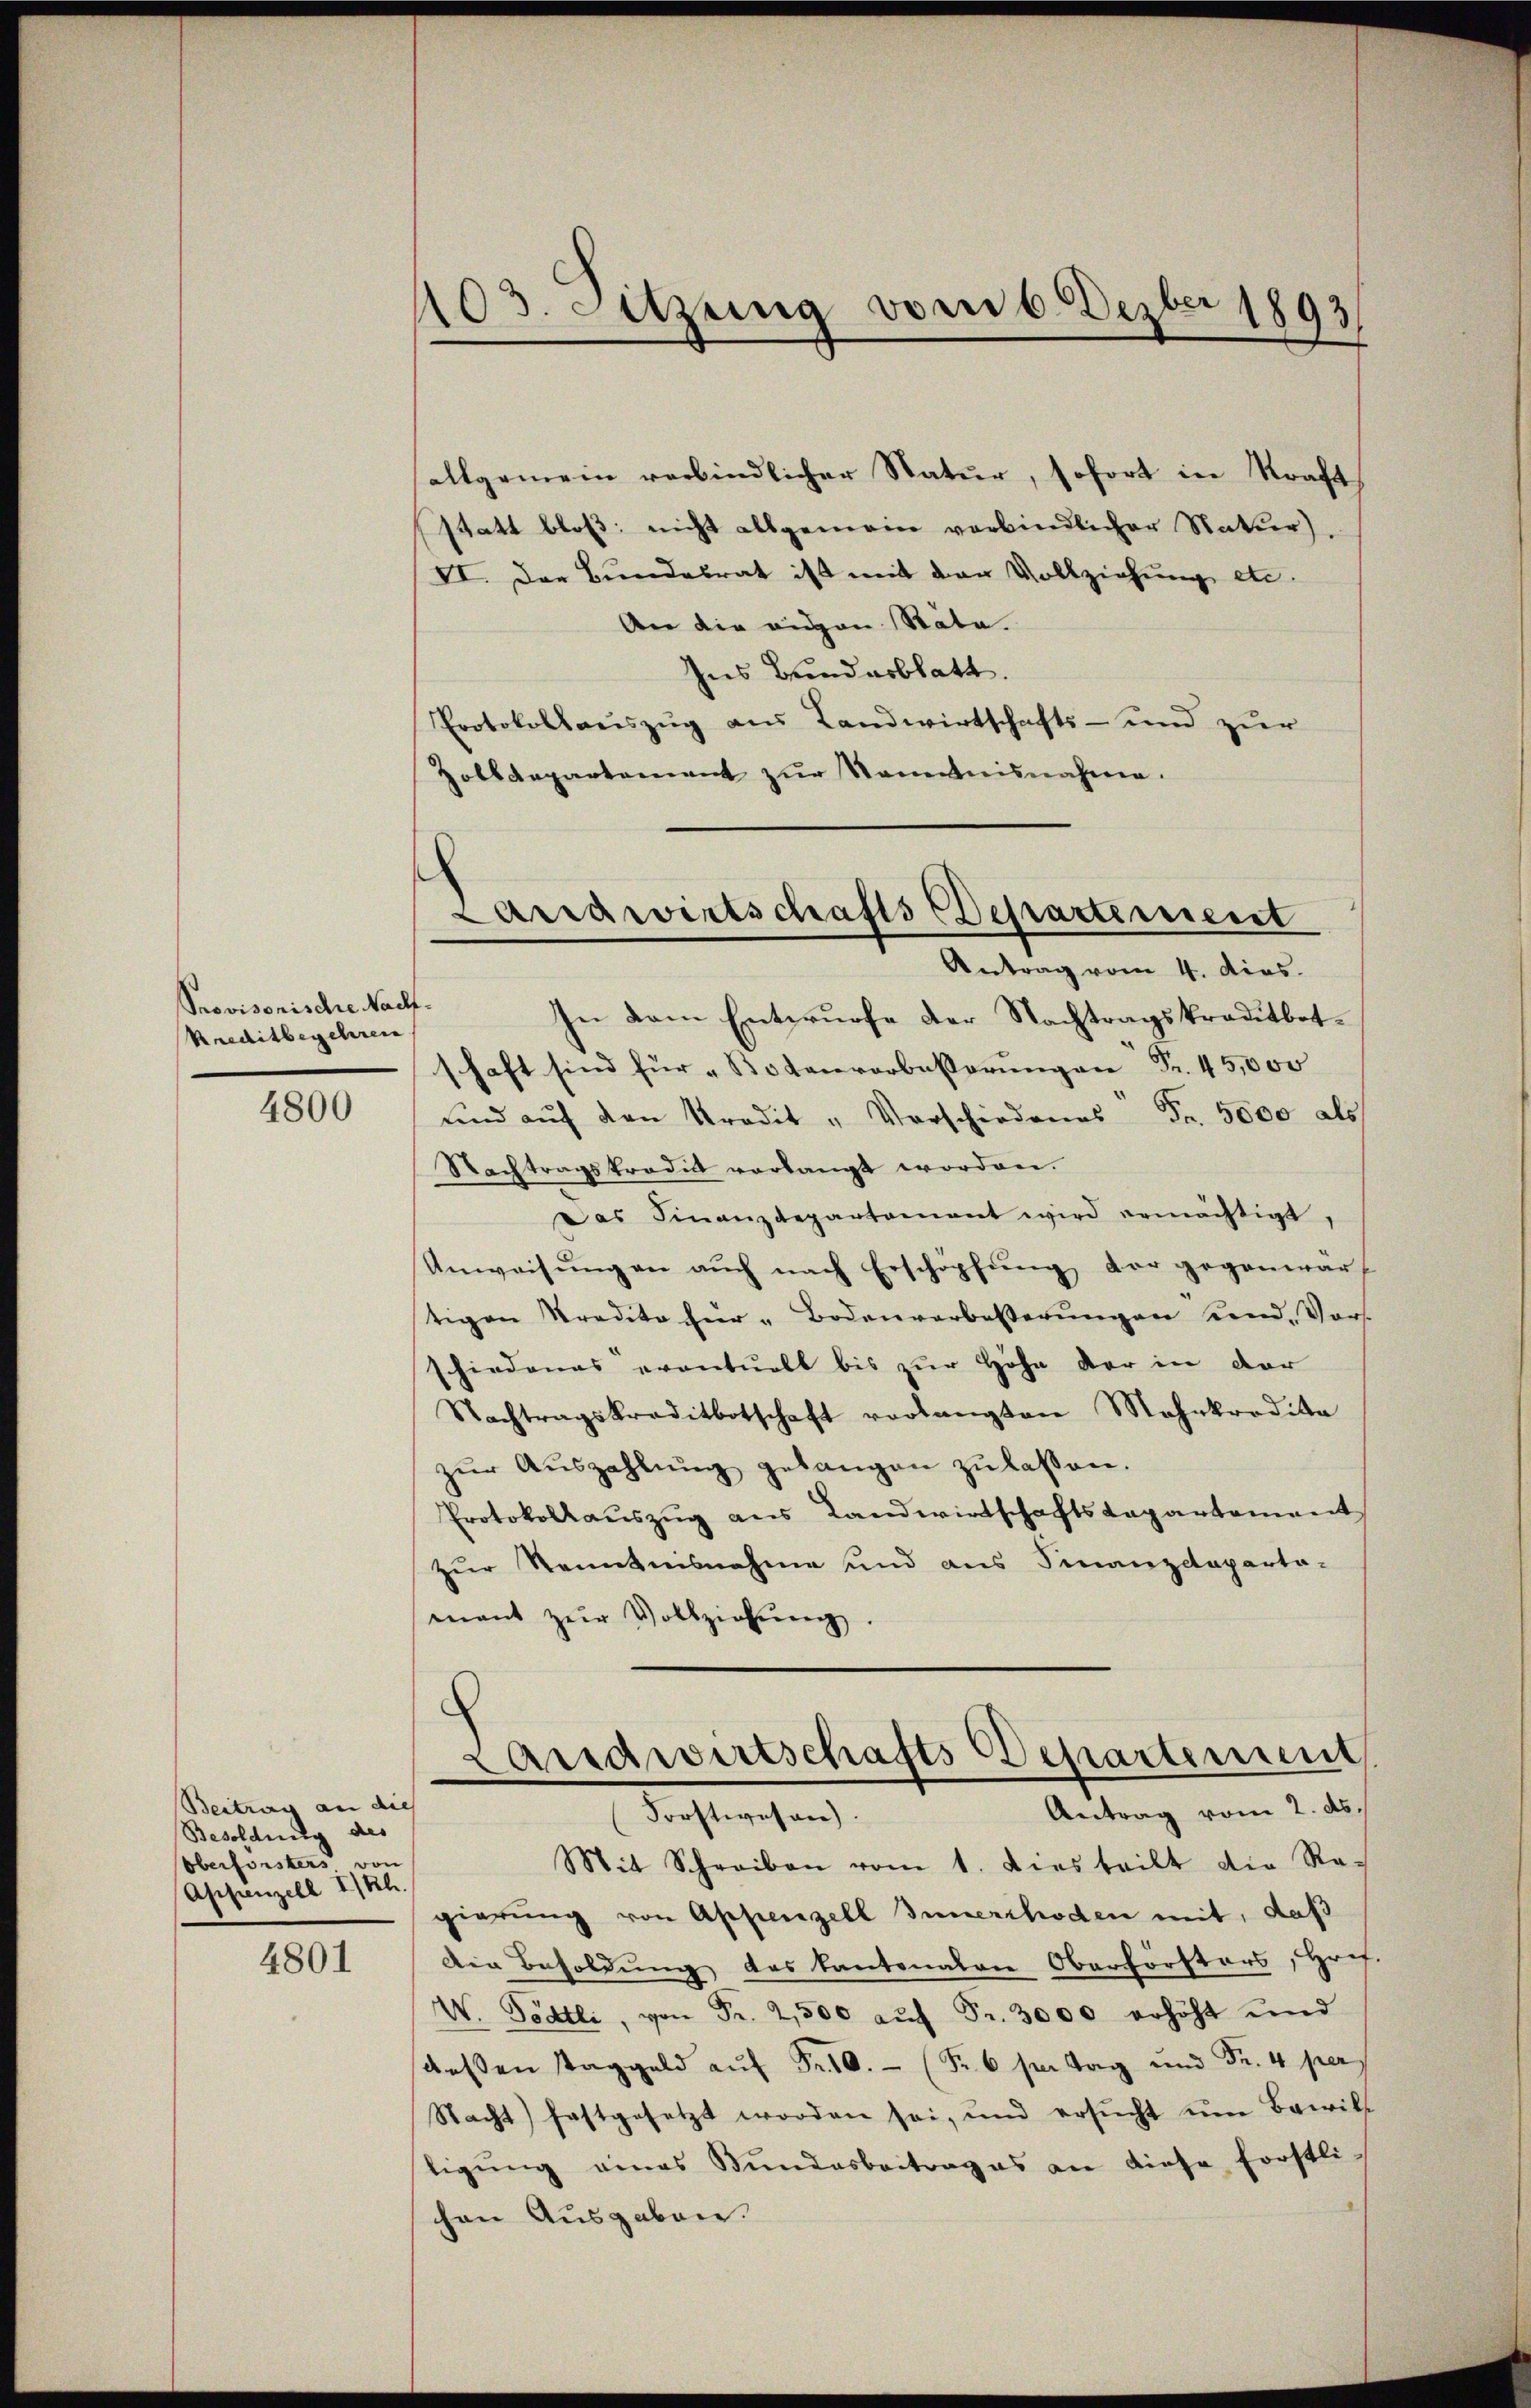
Provisorische Nach-
Kreditbegehren

4800

Beitrag an dies
Besoldung des
Oberforsters von
Appenzell I/Rh.

4801

103. Sitzung vom 6. Dezbr 1893
.

allgemein verbindlicher Natur, sofort in Kraft
statt bloß: nicht allgemein verbindlicher Natur).
VI. Der Bundesrat ist mit der Vollziehung etc.
An die eigen State.
Ins Bundesblatt.
Protokollauszug aus Landwirtschafts- und zur
Zolldepartement zur Kenntnisnahme.

und aŭf den Kredit " Vorschiedenes Fr. 5000 als
Nachtragskredit verlangt worden.
Das Finanzdepartement wird ermächtigt,
Unweisŭng an aŭch nach Erschöpfŭng der gegenwär-
stigen Tradita für Bodenverbesserŭngen und, Vors
schiedenas eventuell bis zur Höhe der in der
Nachtragskreditbotschaft vorlangten Mehrkrodika
zŭr Aŭszahlŭng gelangen zŭ lassen.
Protokollaŭszŭg ans Landwirtschaftslapartement
zur Kenntnisnahme und aus Finanzdeparta-
mant zŭr Vollziehŭng.

Landwirtschafts Departement
Antrag vom 4. dios.
In dem Entwurfe der Nachtragskraditbotschaft sind für Botenvorbesserŭngen Fr. 45,000

Landwirtschafts Departement
Antrag vom 2. ds.
Forstwesen.

Mit Schreiben vom 1. Dies teilt die Ra-
gierung von Appenzell Innerrhoden mit, daß
Die Besoldung des Kantonalen Oberförsters, Hrif.
W. Tödtli, von Fr. 2500 aŭf Fr. 3000 erhöht und
deßen Taggeld aŭf Fr. 10. (S. 6 per Tag und Fr. 4 per
Nacht) festgesetzt worden sei, und ersŭcht ŭm Bewill
tigŭng eines Bundesbeitrag es an diese forstli-
chen Ausgaben.